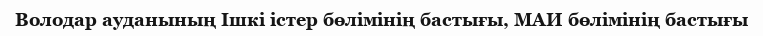
Володар ауданының Ішкі істер бөлімінің бастығы, МАИ бөлімінің бастығы